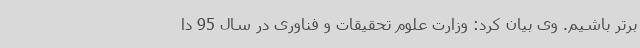
برتر باشیم. وی بیان کرد: وزارت علوم تحقیقات و فناوری در سال 95 دا